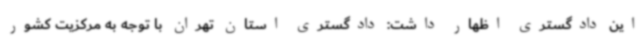
این دادگستری اظهار داشت: دادگستری استان تهران با توجه به مرکزیت کشور